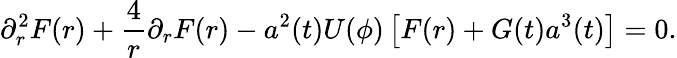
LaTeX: \partial_{r}^{2}F(r)+\frac 4{r}\partial_{r}F(r)-a^{2}(t)U(\phi)\left[F(r)+G(t)a^{3}(t)\right]=0.